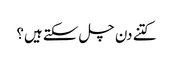
کتنے دن چل سکتے ہیں؟